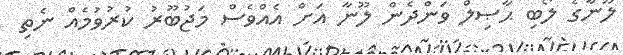
ލޫނާގެ ލޯބި ޙާޞިލް ވަންދެން ލޫނާ އަށް އެއްވެސް މަޖުބޫރު ކުރުވުމެއް ނެތި